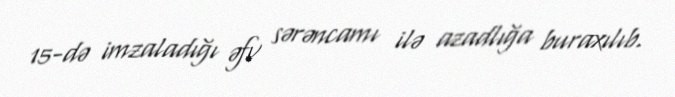
15-də imzaladığı əfv sərəncamı ilə azadlığa buraxılıb.